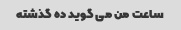
ساعت من می گوید ده گذشته